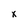
Character: X